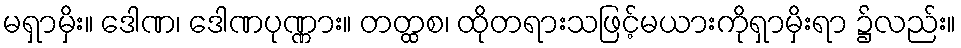
မရှာမှိး။ ဒေါဏ၊ ဒေါဏပုဏ္ဏား။ တတ္ထစ၊ ထိုတရားသဖြင့်မယားကိုရှာမှိးရာ ၌လည်း။